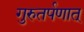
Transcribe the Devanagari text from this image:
गुरुतर्पणात्